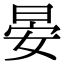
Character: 晏